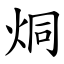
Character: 烔